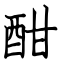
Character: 酣